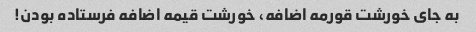
به جای خورشت قورمه اضافه، خورشت قیمه اضافه فرستاده بودن!